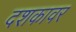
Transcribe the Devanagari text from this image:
दशकावर